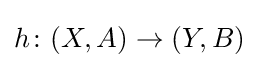
h\colon (X,A)\rightarrow (Y,B)